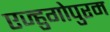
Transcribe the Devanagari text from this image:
एज्हुगोपुरम